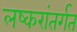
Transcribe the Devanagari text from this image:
लष्करांतर्गत